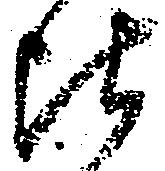
比